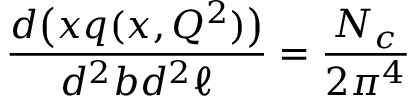
{ \frac { d \big ( x q ( x , Q ^ { 2 } ) \big ) } { d ^ { 2 } b d ^ { 2 } \ell } } = { \frac { N _ { c } } { 2 \pi ^ { 4 } } }